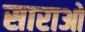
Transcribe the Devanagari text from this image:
साराओ